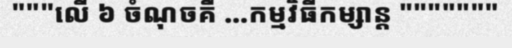
"""លើ ៦ ចំណុចគឺ ...កម្មវិធីកម្សាន្ត """""""